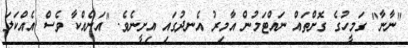
"ނާނާ" ގަމީހުގެ ގޮށްތައް ނައްޓަމުން އާމިރު އެނދުގައި އިށީނެވެ. "އަނެއްކާ ވެސް އެއްކަލަ